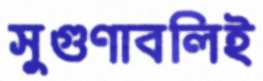
সুগুণাবলিই